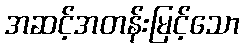
အဆင့်အတန်းမြင့်သော